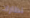
نظارات